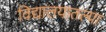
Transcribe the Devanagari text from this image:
विद्यालयातल्या